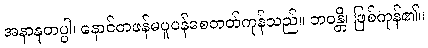
အနာနုတပ္ပါ၊ နောင်တဖန်မပူပန်စေတတ်ကုန်သည်။ ဘဝန္တိ၊ ဖြစ်ကုန်၏။